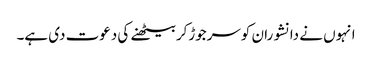
انہوں نے دانشوران کوسرجوڑکربیٹھنے کی دعوت دی ہے۔